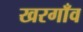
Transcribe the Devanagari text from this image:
खरगाँव